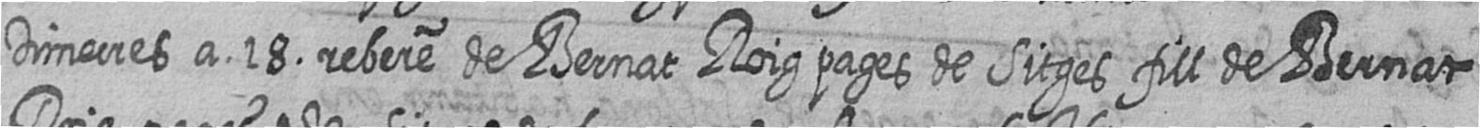
Dimecres a 18 rebere de Bernat Roig pages de Sitges fill de Bernat